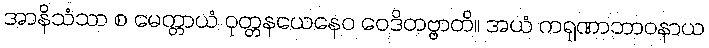
အာနိသံသာ စ မေတ္တာယံ ဝုတ္တနယေနေဝ ဝေဒိတဗ္ဗာတိ။ အယံ ကရုဏာဘာဝနာယ